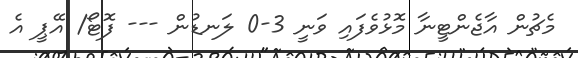
މެޗުން އާޖެންޓީނާ މޮޅުވެފައި ވަނީ 3-0 ލަނޑުން --- ފޮޓޯ/ އޭޕީ އެ